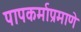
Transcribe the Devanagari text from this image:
पापकर्माप्रमाणे